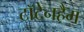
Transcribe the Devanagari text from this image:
टॉटेनहैम